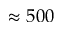
\approx 5 0 0